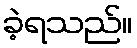
ခဲ့ရသည်။